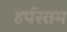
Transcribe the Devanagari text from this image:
हर्पस्तम